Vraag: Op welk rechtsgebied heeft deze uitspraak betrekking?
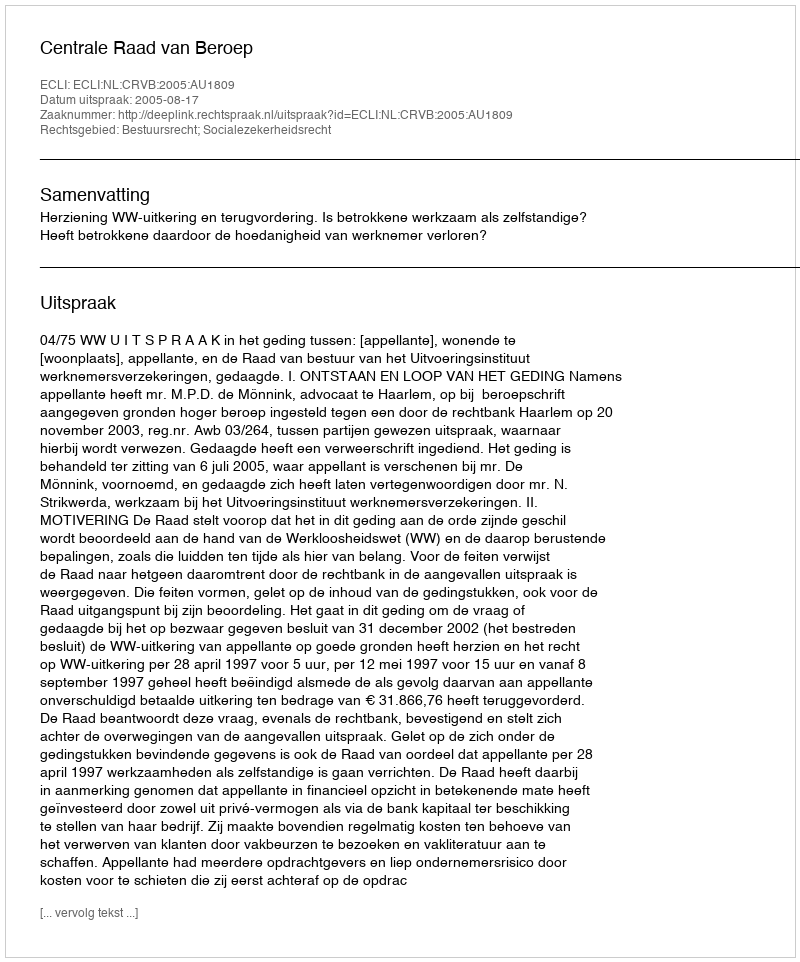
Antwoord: Bestuursrecht; Socialezekerheidsrecht